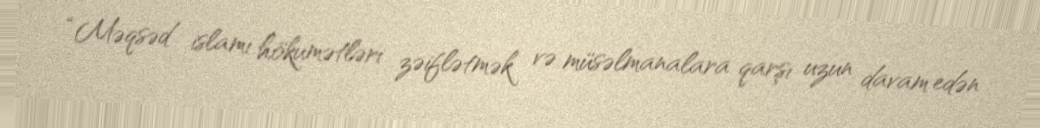
“Məqsəd islamı hökumətləri zəiflətmək və müsəlmanalara qarşı uzun davam edən